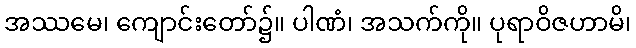
အဿမေ၊ ကျောင်းတော်၌။ ပါဏံ၊ အသက်ကို။ ပုရာဝိဇဟာမိ၊